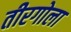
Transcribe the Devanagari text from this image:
तीरगोला